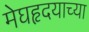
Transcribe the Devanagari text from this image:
मेघहृदयाच्या